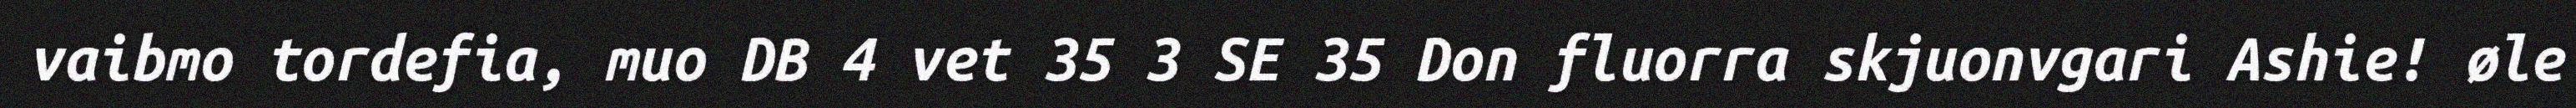
vaibmo tordefia, muo DB 4 vet 35 3 SE 35 Don fluorra skjuonvgari Ashie! øle